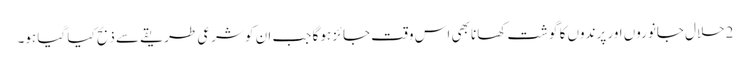
2حلال جانوروں اور پرندوں کا گوشت کھانا بھی اس وقت جائز ہوگا جب ان کو شرعی طریقے سے ذبح کیا گیا ہو۔